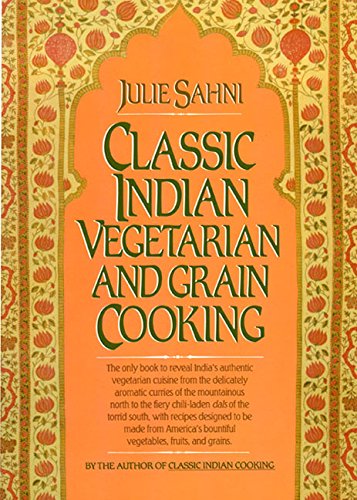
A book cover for Classic Indian Vegetarian and Grain Cooking; Julie Sahni; Cookbooks, Food & Wine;